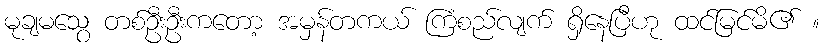
မုချမသွေ တစ်ဦးဦးကတော့ အမှန်တကယ် ကြံစည်လျက် ရှိနေပြီဟု ထင်မြင်မိ၏ ။